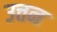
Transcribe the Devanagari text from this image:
उत्तन